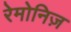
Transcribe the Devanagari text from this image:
रेमोनिज़